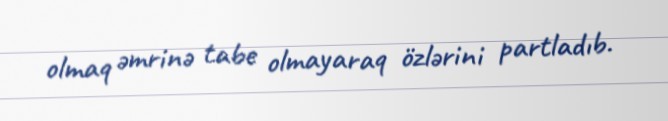
olmaq əmrinə tabe olmayaraq özlərini partladıb.